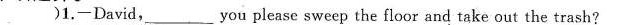
（ )1.-David,___you please sweep the floor and take out the trash?